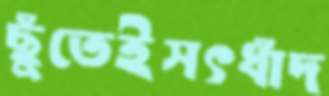
ছুঁতেইসৎধাঁদ